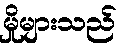
မှိုများသည်